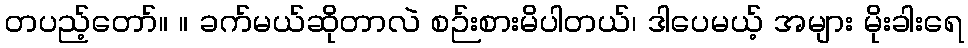
တပည့်တော်။ ။ ခက်မယ်ဆိုတာလဲ စဉ်းစားမိပါတယ်၊ ဒါပေမယ့် အများ မိုးခါးရေ